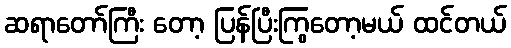
ဆရာတော်ကြီး တော့ ပြန်ပြီးကြွတော့မယ် ထင်တယ်